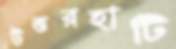
উত্তরহাটি